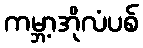
ကမ္ဘာ့အိုလံပစ်